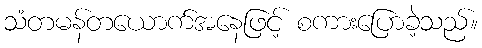
သံတမန်တယောက်အနေဖြင့် စကားပြောခဲ့သည်။